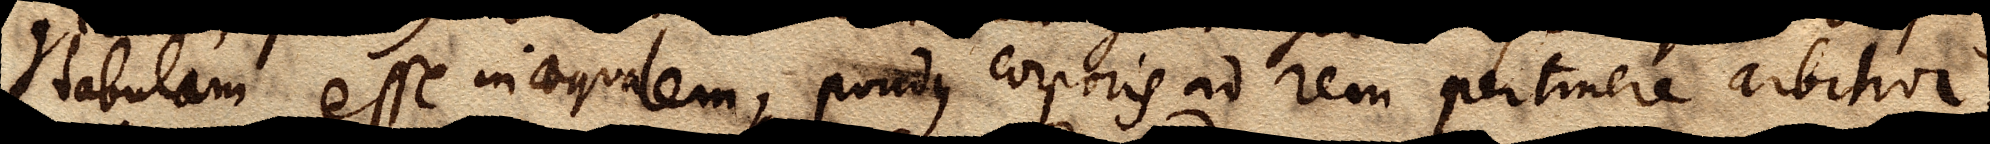
tabulam esse inaequalem, pondus corporis ad rem pertinere arbitror;